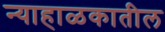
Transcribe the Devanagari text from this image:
न्याहाळकातील